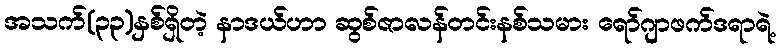
အသက်(၃၃)နှစ်ရှိတဲ့ နာဒယ်ဟာ ဆွစ်ဇာလန်တင်းနစ်သမား ရော်ဂျာဖက်ဒရာရဲ့